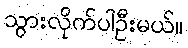
သွားလိုက်ပါဦးမယ်။